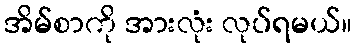
အိမ်စာကို အားလုံး လုပ်ရမယ်။